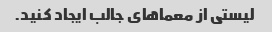
لیستی از معماهای جالب ایجاد کنید.